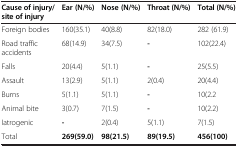
| Cause of injury/site of injury | Ear (N/%) | Nose (N/%) | Throat (N/%) | Total (N/%) |
 | --- | --- | --- | --- | --- |
 | Foreign bodies | 160(35.1) | 40(8.8) | 82(18.0) | 282 (61.9) |
 | Road traffic accidents | 68(14.9) | 34(7.5) | - | 102(22.4) |
 | Falls | 20(4.4) | 5(1.1) | - | 25(5.5) |
 | Assault | 13(2.9) | 5(1.1) | 2(0.4) | 20(4.4) |
 | Burns | 5(1.1) | 5(1.1) | - | 10(2.2 |
 | Animal bite | 3(0.7) | 7(1.5) | - | 10(2.2) |
 | Iatrogenic | - | 2(0.4) | 5(1.1) | 7(1.5) |
 | Total | 269(59.0) | 98(21.5) | 89(19.5) | 456(100) |